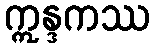
ဣန္ဒကဿ